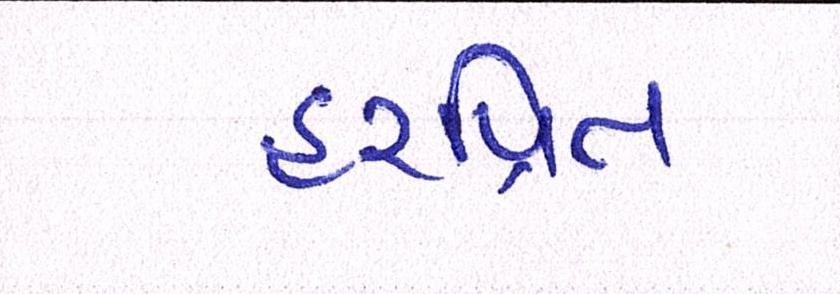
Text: હરપ્રિત